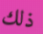
ذلك